Report on lock hospitals in British Burma
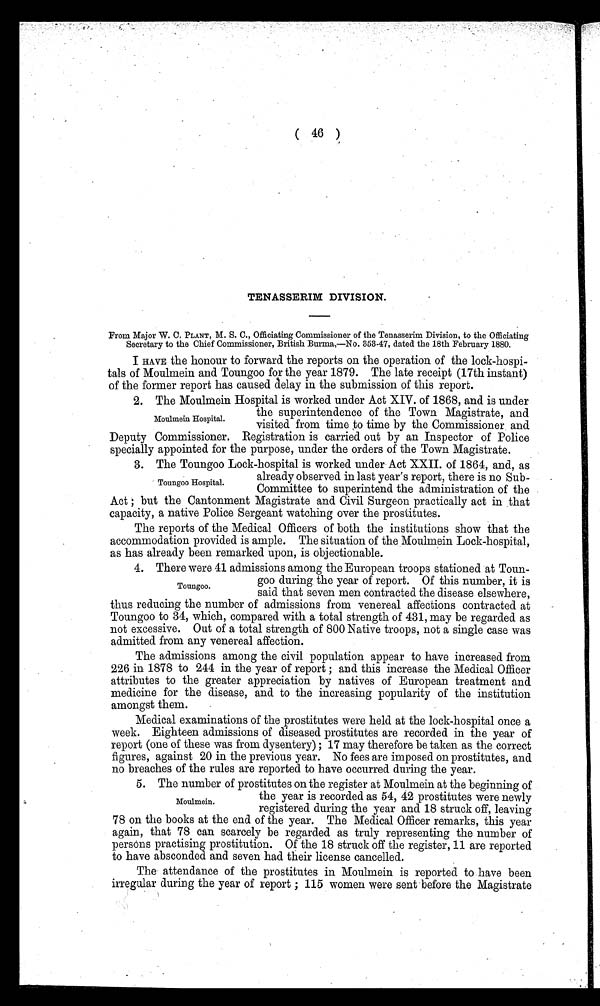
( 46 )
TENASSERIM DIVISION.
From Major W. C. PLANT, M. S. C., Officiating Commissioner of the Tenasserim Division, to the Officiating
Secretary to the Chief Commissioner, British Burma,—No. 353-47, dated the 18th February 1880.
I HAVE the honour to forward. the reports on the operation of the lock-hospi-
tals of Moulmein and Toungoo for the year 1879. The late receipt (17th instant).
of the former report has caused delay in the submission of this report.
2. The Moulmein Hospital is worked under Act XIV. of 1868, and is under
the superintendence of the Town Magistrate, and
visited from time to time by the Commissioner . and
Deputy Commissioner. Registration is carried out by an Inspector of Police
specially appointed for the purpose, under the orders of the Town Magistrate.
3. The Toungoo Lock-hospital is worked under Act XXII. of 1864, and, as
already observed in last year's report, there is no Sub-
Committee to superintend the administration of the
Act ; but the Cantonment Magistrate and Civil Surgeon practically act in that
capacity, a native Police Sergeant watching over the prostitutes.
The reports of the Medical Officers of both the institutions show that the
accommodation provided is ample. The situation of the Moulmein Lock-hospital,
as has already been remarked upon, is objectionable.
4. There were 41 admissions among the European troops stationed at Toun-
goo during the year of report. Of this number, it is
said that seven men contracted the disease elsewhere,
thus reducing the number of admissions from venereal affections contracted at
Toungoo to 34, which, compared with a total strength of 431, may be regarded as
not excessive. Out of a total strength of 800 Native troops, not a single case was
admitted from any venereal affection.
The admissions among the civil population appear to have increased from
226 in 1878 to 244 in the year of report ; and this increase the Medical Officer
attributes to the greater appreciation by natives of European treatment and
medicine for the disease, and to the increasing popularity of the institution
amongst them.
Medical examinations of the prostitutes were held at the lock-hospital once a
week. Eighteen admissions of diseased prostitutes are recorded in the year of
report (one of these was from dysentery) ; 17 may therefore be taken as the correct
figures, against 20 in the previous year. No fees are imposed on prostitutes, and
no breaches of the rules are reported to have occurred during the year.
5. The number of prostitutes on the register at Moulmein at the beginning of
the year is recorded as 54, 42 prostitutes were newly
registered during the year and 18 struck off, leaving
78 on the books at the end of the year. The Medical Officer remarks, this year
again, that 78 can scarcely be regarded as truly representing the number of
persons practising prostitution. Of the 18 struck off the register, 11 are reported
to have absconded and seven had their license cancelled.
The attendance of the prostitutes in Moulmein is reported to have been
irregular during the year of report ; 115 women were sent before the Magistrate
Moulmein Hospital.
Toungoo Hospital.
Toungoo.
Moulmein.